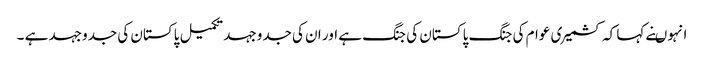
انہوںنے کہا کہ کشمیری عوام کی جنگ پاکستان کی جنگ ہے اور ان کی جدوجہد تکمیل پاکستان کی جدوجہد ہے ۔